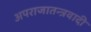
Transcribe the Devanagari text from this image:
अपराजातन्त्रवादी